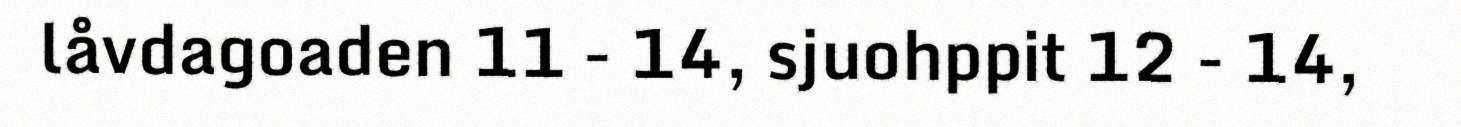
låvdagoaden 11 - 14, sjuohppit 12 - 14,